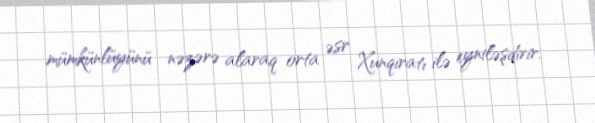
mümkünlüyünü nəzərə alaraq orta əsr Xunqiratı ilə eyniləşdirir.